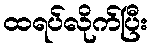
ထရပ်လိုက်ပြီး